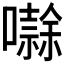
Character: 𭋱